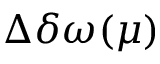
\Delta \delta \omega ( \mu )